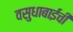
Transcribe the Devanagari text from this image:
वसुधाबाईंची